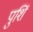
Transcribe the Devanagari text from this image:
पुशिं